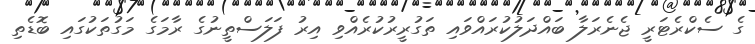
ގެ ސެކްރެޓަރީ ޖެނެރަލާ ބައްދަލުކުރައްވައި ތަގުރީރުކުރެއްވި އިރު ފަލަސްތީނުގެ ރާމަގެ މަގުތަކުގައި ބޮޑެތި